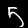
Digit: 5